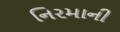
નિરમાની